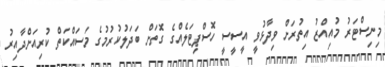
މިނިސްޓަރު މުއިއްޒު އިތުރަށް ވިދާޅުވީ އީސީސީ ހޮސްޕިޓަލެއްގެ ގޮތަށް ބަދަލުކުރުމުގެ މަސައްކަތް ކުރިއަށްދާއިރު